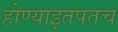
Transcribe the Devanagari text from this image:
होण्याइतपतच